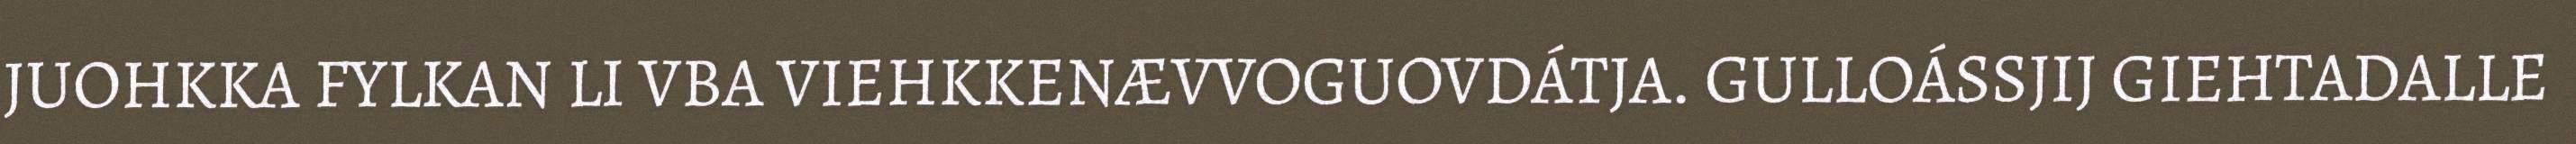
JUOHKKA FYLKAN LI VBA VIEHKKENÆVVOGUOVDÁTJA. GULLOÁSSJIJ GIEHTADALLE